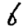
Digit: 6